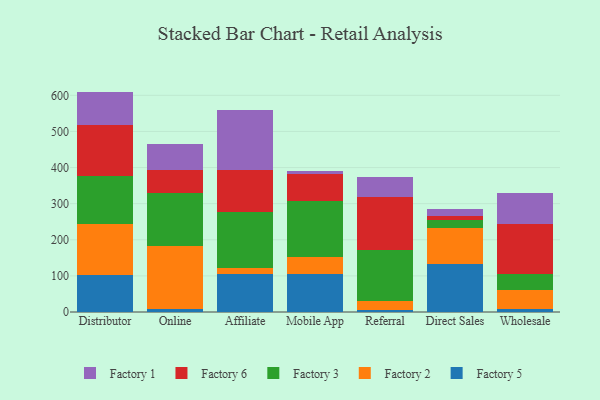
{"axis": {"x": "Channel", "y": "Page Views"}, "legend": ["Factory 1", "Factory 2", "Factory 3", "Factory 5", "Factory 6"], "data": [{"x": "Distributor", "y": 102.6, "type": "Factory 5"}, {"x": "Distributor", "y": 142.1, "type": "Factory 2"}, {"x": "Distributor", "y": 131.1, "type": "Factory 3"}, {"x": "Distributor", "y": 143.4, "type": "Factory 6"}, {"x": "Distributor", "y": 91.1, "type": "Factory 1"}, {"x": "Online", "y": 9.7, "type": "Factory 5"}, {"x": "Online", "y": 172.4, "type": "Factory 2"}, {"x": "Online", "y": 147.8, "type": "Factory 3"}, {"x": "Online", "y": 63.2, "type": "Factory 6"}, {"x": "Online", "y": 73.1, "type": "Factory 1"}, {"x": "Affiliate", "y": 104.9, "type": "Factory 5"}, {"x": "Affiliate", "y": 16.5, "type": "Factory 2"}, {"x": "Affiliate", "y": 154.5, "type": "Factory 3"}, {"x": "Affiliate", "y": 118.3, "type": "Factory 6"}, {"x": "Affiliate", "y": 165.9, "type": "Factory 1"}, {"x": "Mobile App", "y": 105.2, "type": "Factory 5"}, {"x": "Mobile App", "y": 46.2, "type": "Factory 2"}, {"x": "Mobile App", "y": 154.6, "type": "Factory 3"}, {"x": "Mobile App", "y": 77.3, "type": "Factory 6"}, {"x": "Mobile App", "y": 8.5, "type": "Factory 1"}, {"x": "Referral", "y": 5.7, "type": "Factory 5"}, {"x": "Referral", "y": 23.4, "type": "Factory 2"}, {"x": "Referral", "y": 143.0, "type": "Factory 3"}, {"x": "Referral", "y": 146.9, "type": "Factory 6"}, {"x": "Referral", "y": 54.1, "type": "Factory 1"}, {"x": "Direct Sales", "y": 132.8, "type": "Factory 5"}, {"x": "Direct Sales", "y": 99.6, "type": "Factory 2"}, {"x": "Direct Sales", "y": 23.5, "type": "Factory 3"}, {"x": "Direct Sales", "y": 11.2, "type": "Factory 6"}, {"x": "Direct Sales", "y": 17.2, "type": "Factory 1"}, {"x": "Wholesale", "y": 9.2, "type": "Factory 5"}, {"x": "Wholesale", "y": 51.0, "type": "Factory 2"}, {"x": "Wholesale", "y": 46.4, "type": "Factory 3"}, {"x": "Wholesale", "y": 137.5, "type": "Factory 6"}, {"x": "Wholesale", "y": 85.6, "type": "Factory 1"}]}